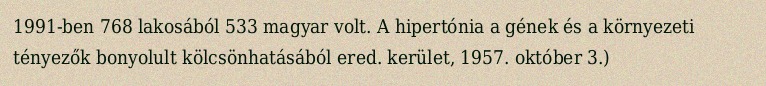
1991-ben 768 lakosából 533 magyar volt. A hipertónia a gének és a környezeti tényezők bonyolult kölcsönhatásából ered. kerület, 1957. október 3.)